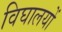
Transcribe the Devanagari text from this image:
विघालयों